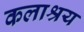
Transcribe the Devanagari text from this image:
कलाश्रय